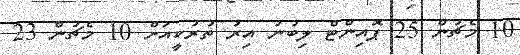
10 މެޗުން 25 ޕޮއިންޓް ލިބުނު އިރު ތުރުކީއަށް 10 މެޗުން 23